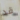
قد